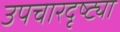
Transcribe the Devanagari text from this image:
उपचारदृष्ट्या